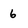
Character: 6